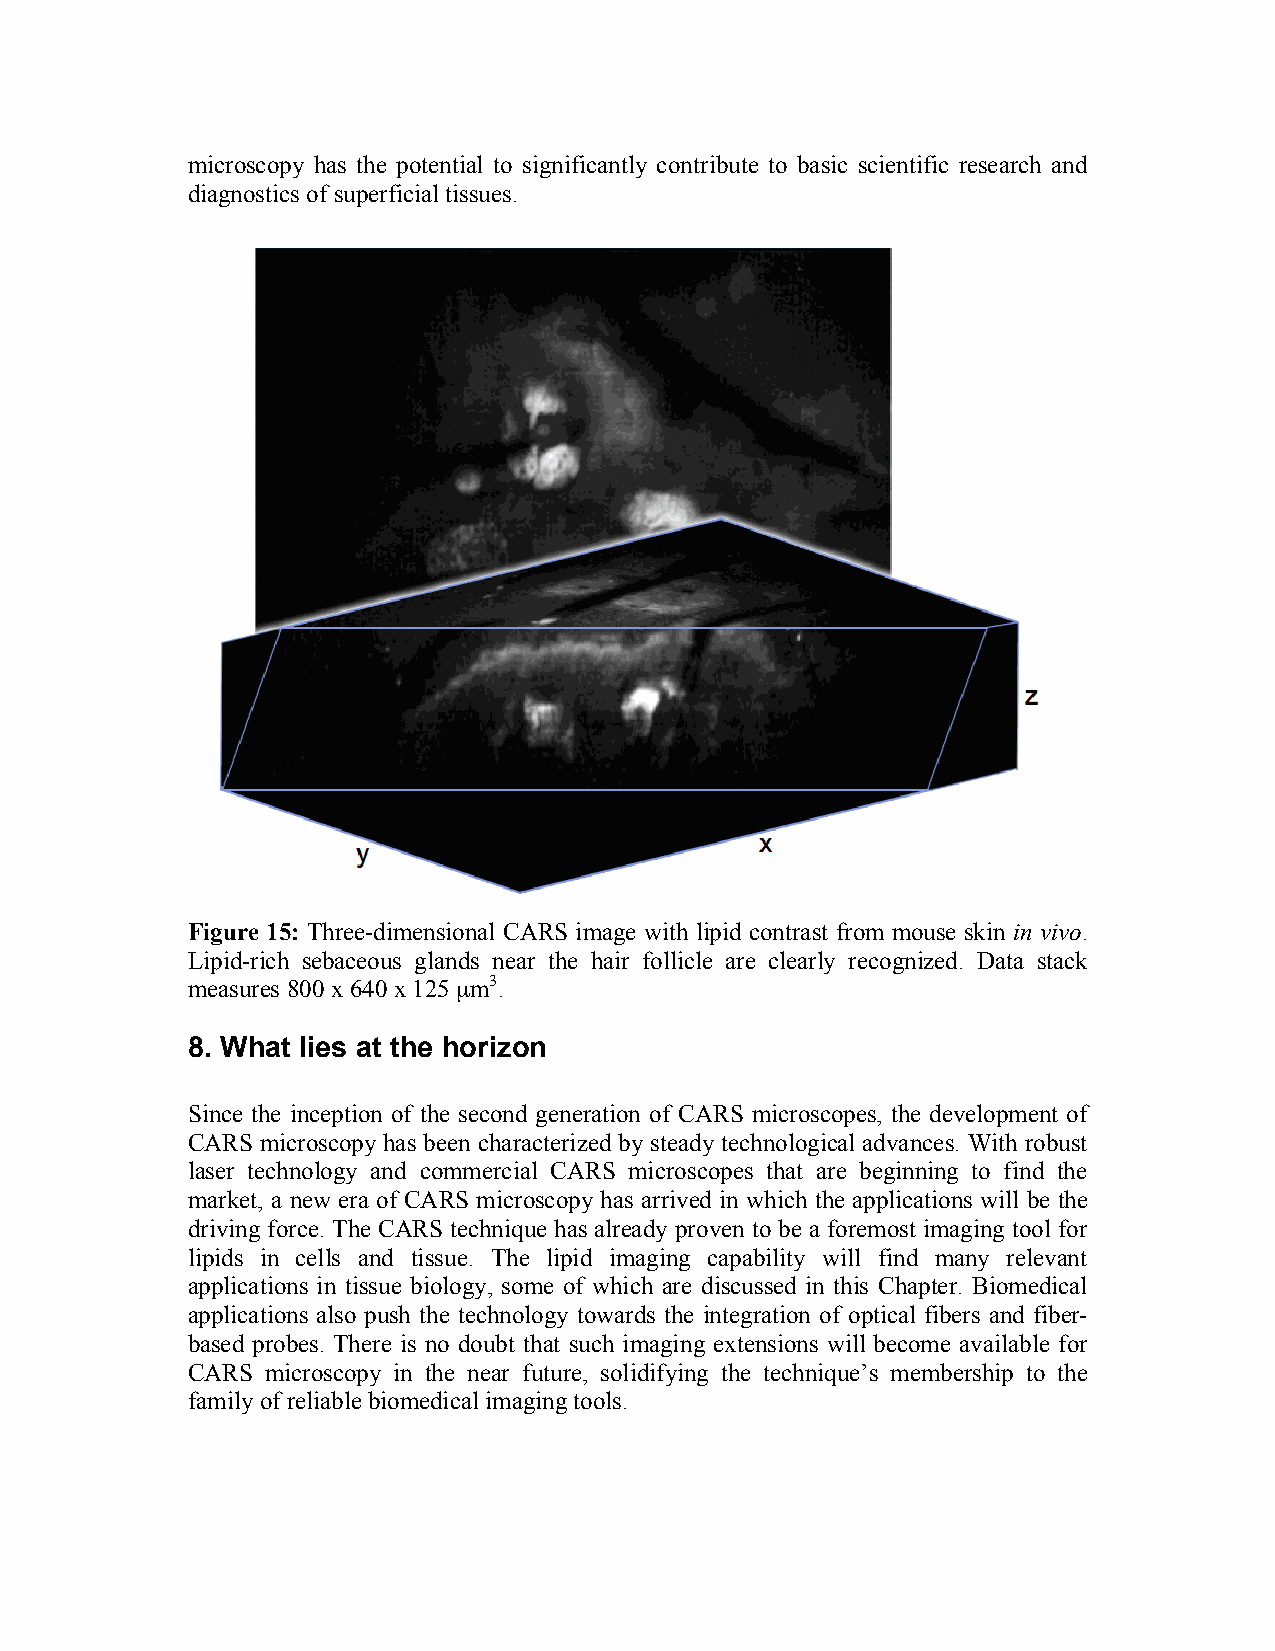
microscopy has the potential to significantly contribute to basic scientific research and
 diagnostics of superficial tissues.
 Figure 15: Three-dimensional CARS image with lipid contrast from mouse skin in vivo.
 Lipid-rich sebaceous glands near the hair follicle are clearly recognized. Data stack
 measures 800 x 640 x 125 µm3.
 8. What lies at the horizon
 Since the inception of the second generation of CARS microscopes, the development of
 CARS microscopy has been characterized by steady technological advances. With robust
 laser technology and commercial CARS microscopes that are beginning to find the
 market, a new era of CARS microscopy has arrived in which the applications will be the
 driving force. The CARS technique has already proven to be a foremost imaging tool for
 lipids in cells and tissue. The lipid imaging capability will find many relevant
 applications in tissue biology, some of which are discussed in this Chapter. Biomedical
 applications also push the technology towards the integration of optical fibers and fiber-
 based probes. There is no doubt that such imaging extensions will become available for
 CARS  microscopy in the near future, solidifying the technique’s membership to the
 family of reliable biomedical imaging tools.